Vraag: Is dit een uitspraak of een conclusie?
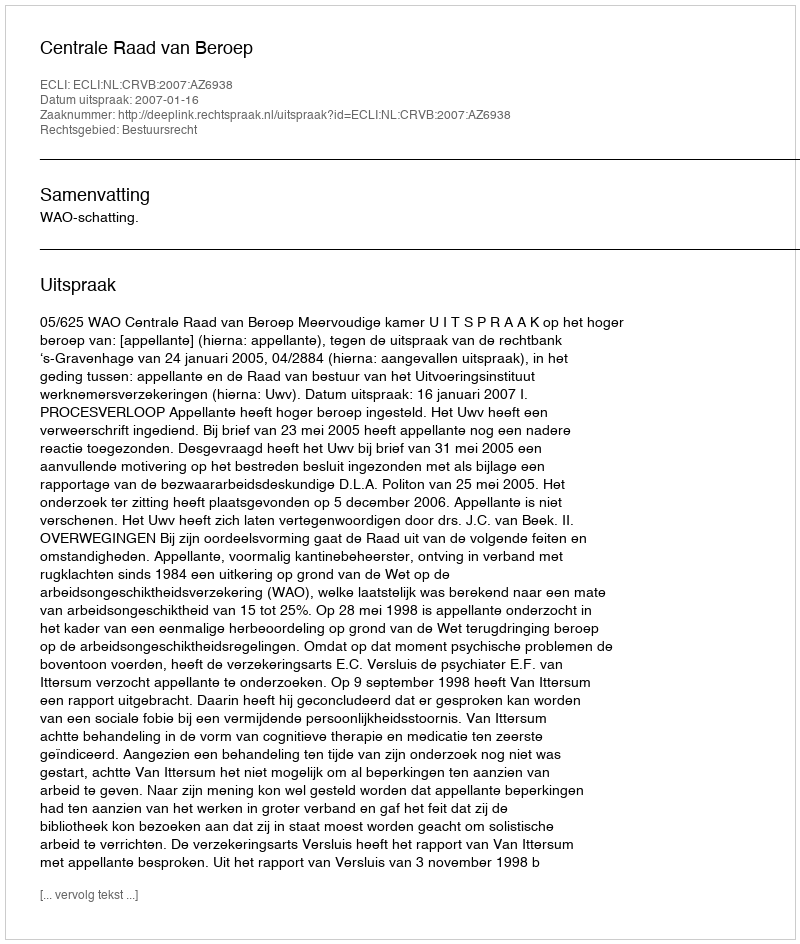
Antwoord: Uitspraak